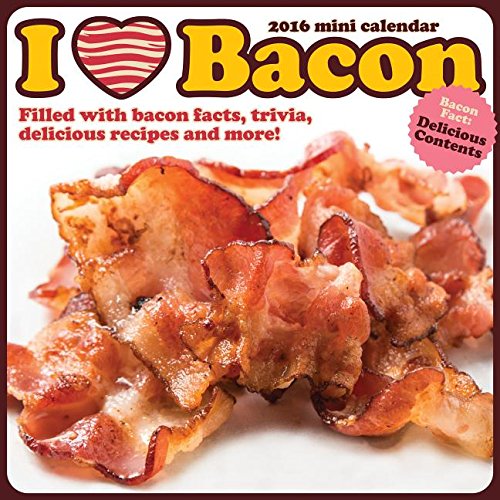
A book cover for I Love Bacon; Cookbooks, Food & Wine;